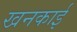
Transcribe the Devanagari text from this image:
खनकाई